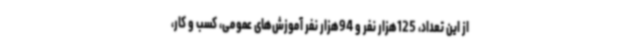
از این تعداد، 125هزار نفر و 94هزار نفر آموزش‌های عمومی، کسب و کار،